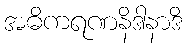
အဓိကရဏနိဒါနာဒိ